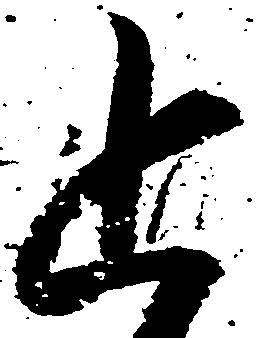
追